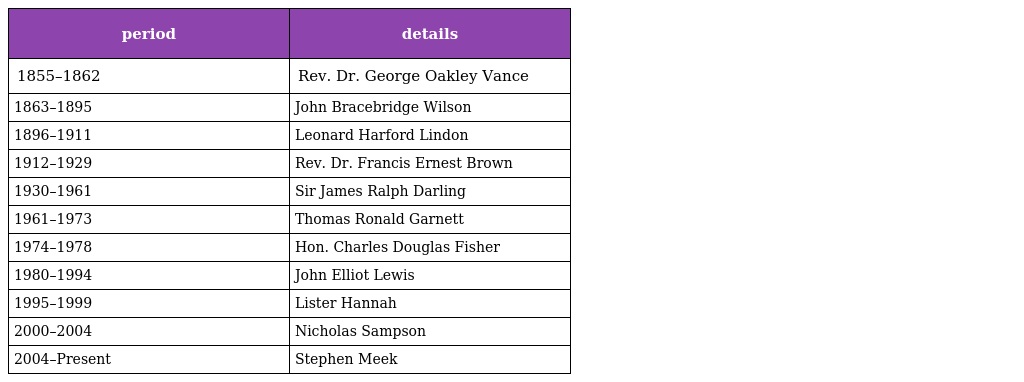
| period | details |
 | --- | --- |
 | 1855–1862 | Rev. Dr. George Oakley Vance |
 | 1863–1895 | John Bracebridge Wilson |
 | 1896–1911 | Leonard Harford Lindon |
 | 1912–1929 | Rev. Dr. Francis Ernest Brown |
 | 1930–1961 | Sir James Ralph Darling |
 | 1961–1973 | Thomas Ronald Garnett |
 | 1974–1978 | Hon. Charles Douglas Fisher |
 | 1980–1994 | John Elliot Lewis |
 | 1995–1999 | Lister Hannah |
 | 2000–2004 | Nicholas Sampson |
 | 2004–Present | Stephen Meek |